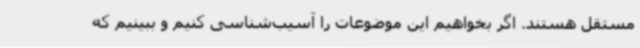
مستقل هستند. اگر بخواهیم این موضوعات را آسیب‌شناسی کنیم و ببینیم که